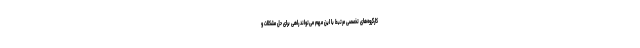
کارگروه‌های تخصصی مرتبط با این مهم می‌تواند راهی برای حل مشکلات و